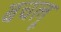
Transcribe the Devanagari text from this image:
बचलू